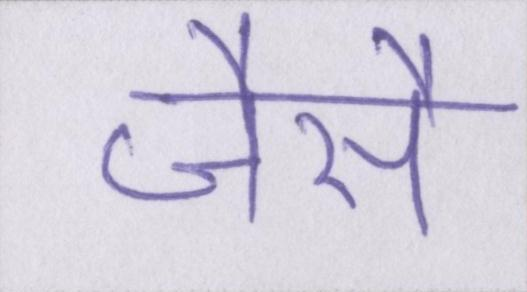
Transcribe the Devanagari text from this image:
जैसै